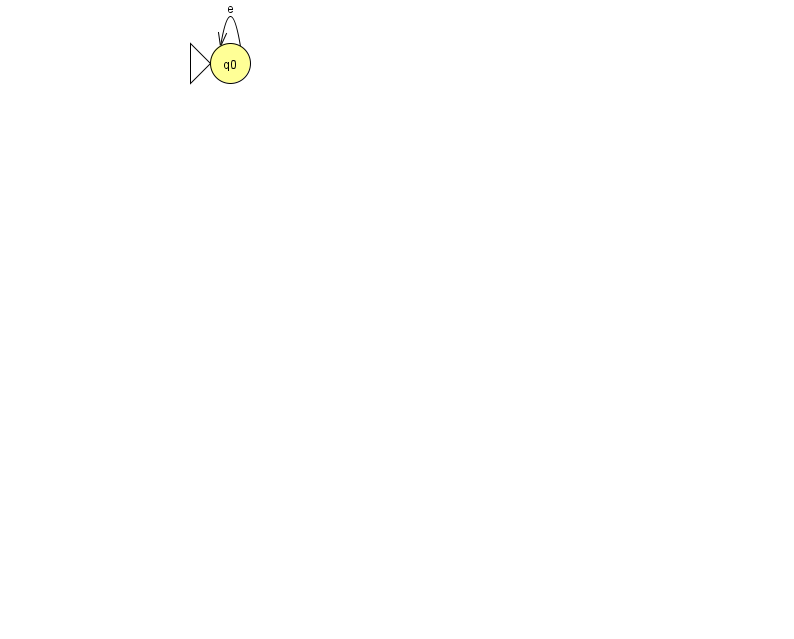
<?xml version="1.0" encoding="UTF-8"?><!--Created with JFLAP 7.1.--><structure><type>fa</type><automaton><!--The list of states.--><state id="0" name="q0"><x>230.0</x><y>50.0</y><initial/></state><!--The list of transitions.--><transition><from>0</from><to>0</to><read>e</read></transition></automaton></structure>